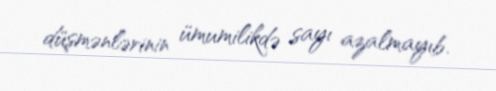
düşmənlərinin ümumilikdə sayı azalmayıb.